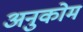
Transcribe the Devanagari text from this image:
अनुकोम